Seli_vallavalitsus_Parnumaal, lk 9
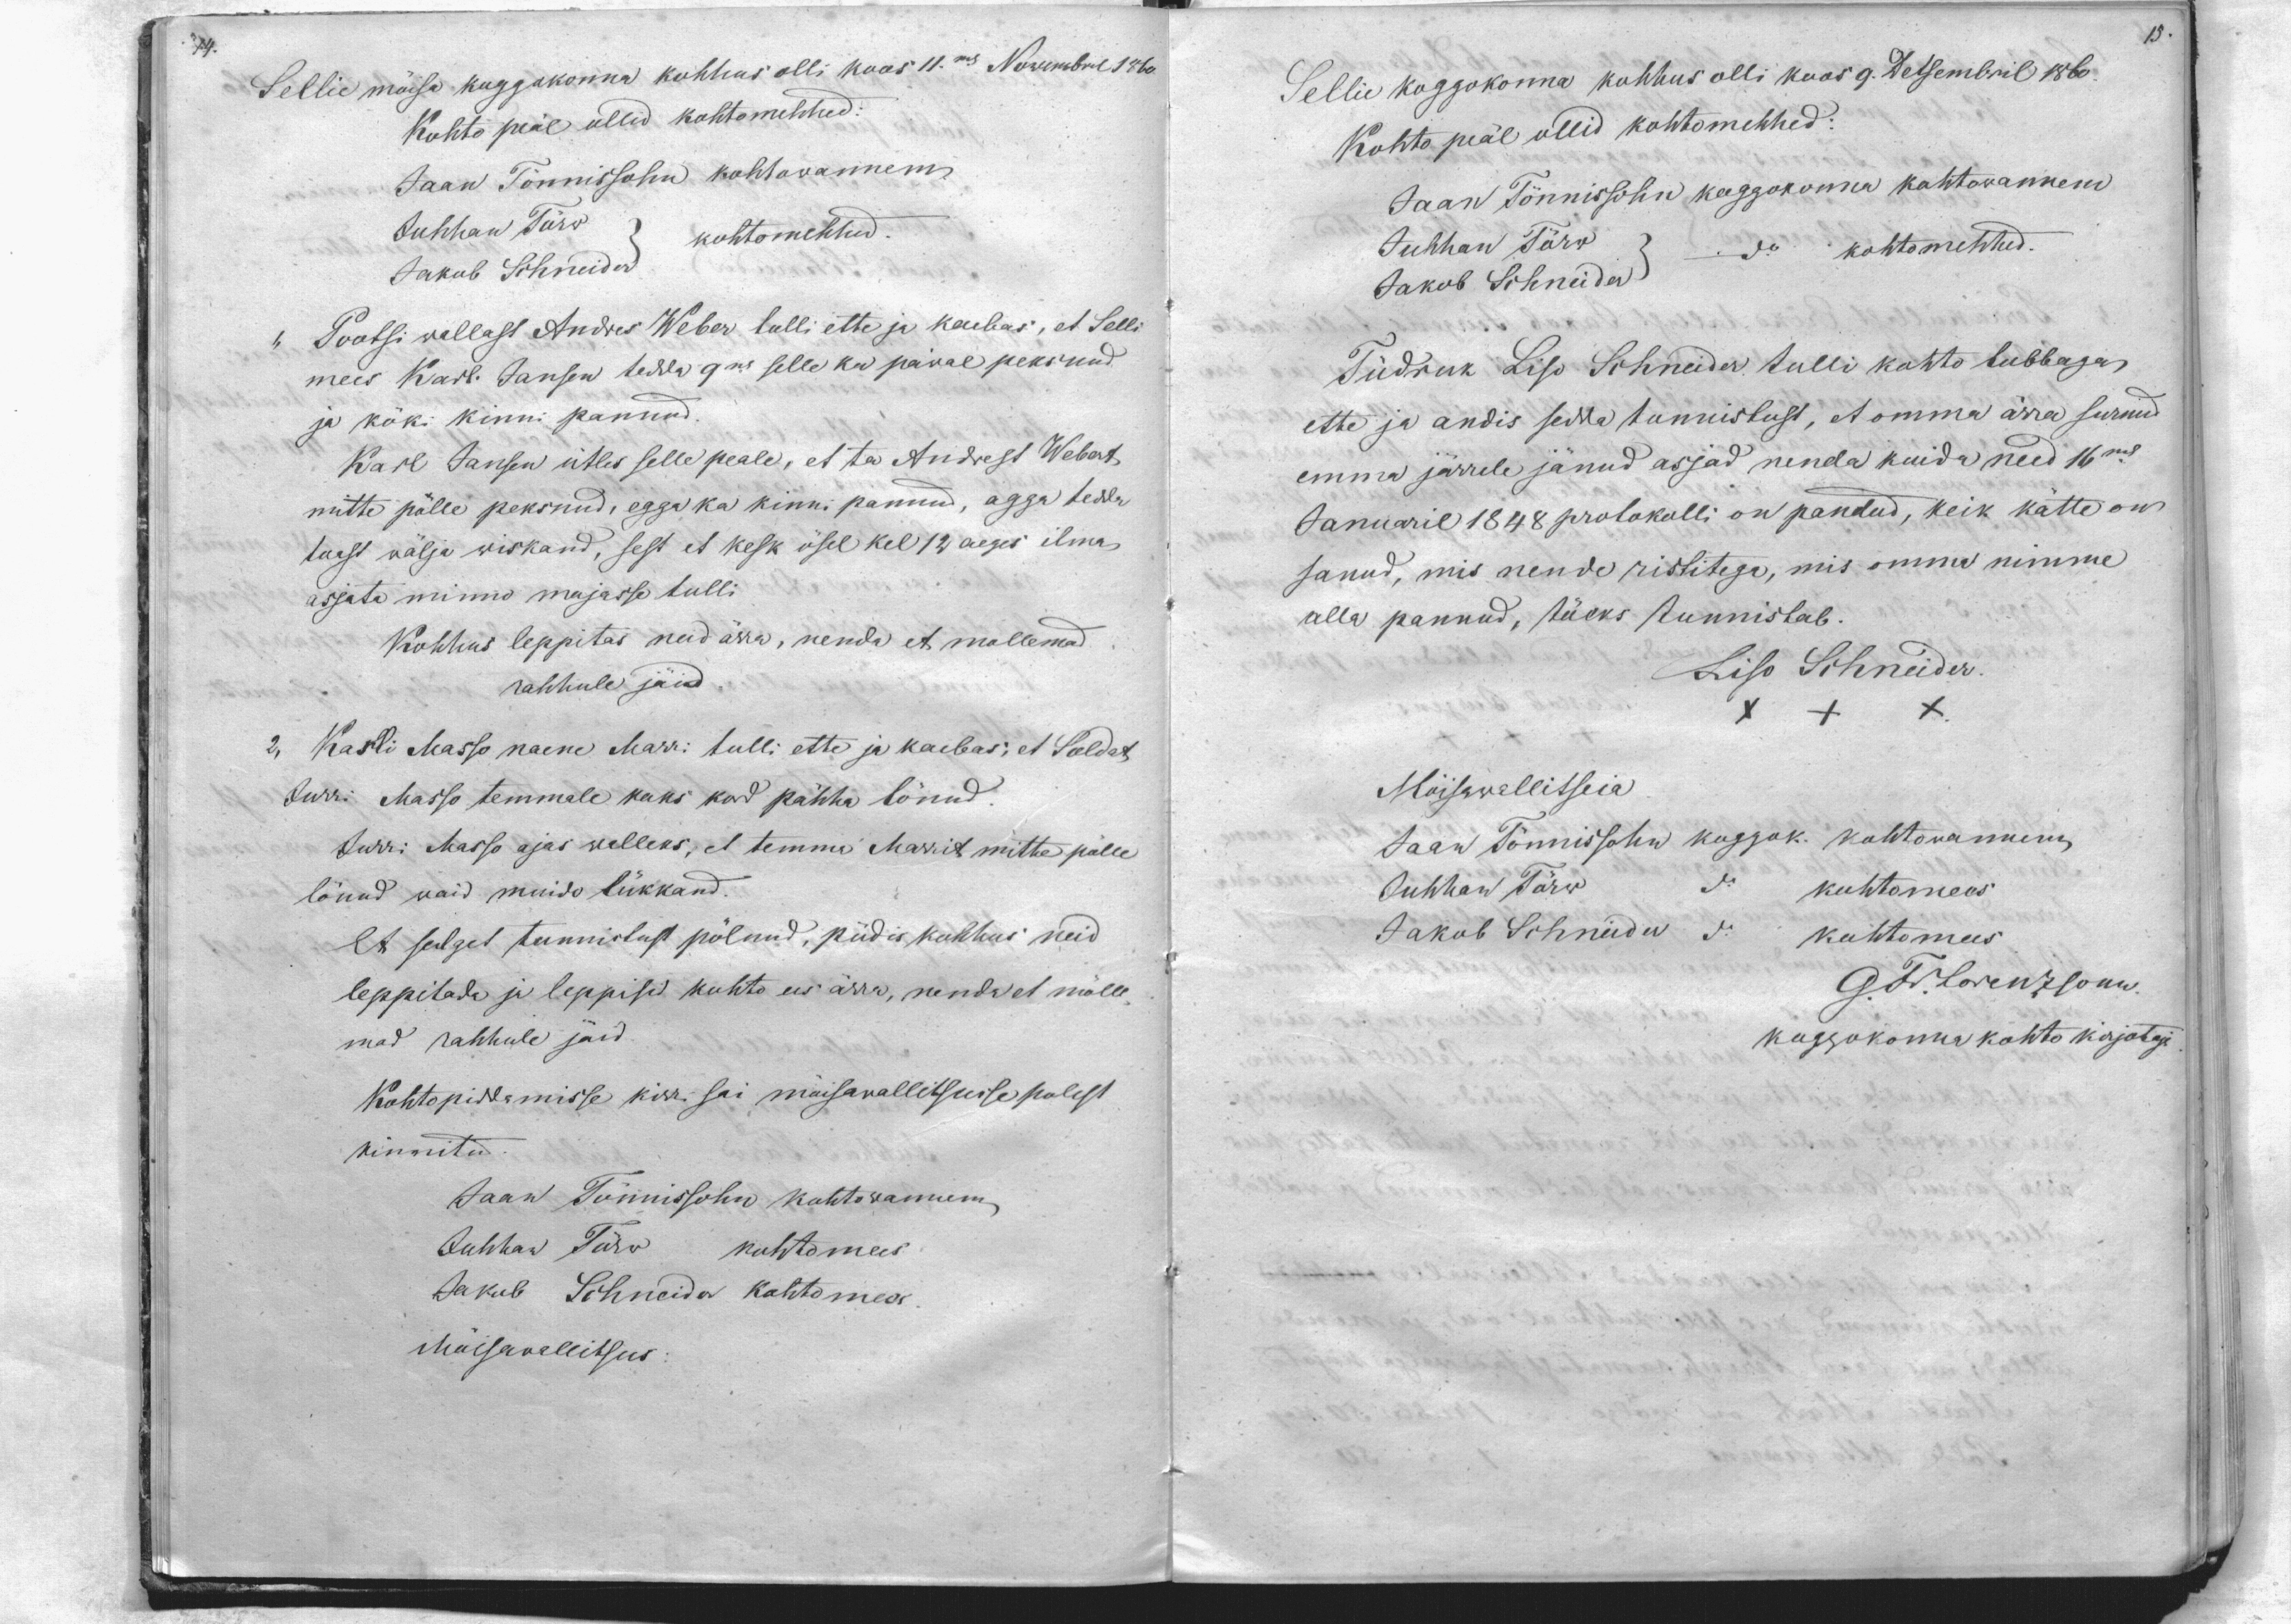
74.

15.

Sellie möisa koggokonna kohhus olli koos 11mal 25. Nowembril 1860
Kohto peäl ollid kohtomehhed
Jaan Tönnissohn kohtowannem
Juhhan Törw
kohtomehhed
Jakob Schneider
1, Pootsi wallast Andres Weber tulli ette ja kaebas, et Selli
mees Karl Janson tedda 9nd  selle ku päwal peksnud
ja köki kinni pannud
Karl Janson ütles selle peale, et ta Andrest Webert
mitte polle peksnud, egga ka kinni pannud, aga tedda
tuast wälja wiskand, sest et kesk ösel kel 12 aeges ilma
asjata minno majasse tulli
Kohhus leppitas neid ärra, nenda et mollemad
rahhule jäid.
2,
Karli Masso naene Marri tulli ette ja kaebas, et Soldat,
Jurri Masso temmale kaks kord pähha lönud.
Jurri Masso ajas walleks, et temma Marrit mitte polle
lönud waid muido lükkand.
et selget tunnistust pölnud, püdis kohhus neid
leppitada ja leppisid kohto ees ärra, nenda et mölle-
mad rahhule jäid
Kohtopiddamisse kirri sai möisawallitsusse polest
kinnitud
Jaan Tönnissohn kohtowannem
Juhhan Törw kohtomees
Jakub Schneider kohtomees
Möisawallitsus

Sellie koggokonna kohhus olli koos 9. Detsembril 1860.
Kohto peäl ollid kohtomehhed:
Jaan Tönnissohn koggokonna kohtowannem
Juhhan Törw
do
kohtomehhed
Jakob Schneider
Tüdruk Liso Schneider tulli kohto lubbaga
ette ja andis sedda tunnistust, et omma ärra surnud
emma järrele jänud asjad nenda kuida need 16mal
Januaril 1848 protokolli on pandud, keik kätte on
sanud, mis nende ristitega, mis omma nimme
alla pannud, töeks tunnistab.
Liso Schneider
XXX
Möisawallitseia
Jaan Tönnisssohn koggok. kohtowannem
Juhhan Törw
kuhtomees
Jakob Schneider
kohtomees
G. Fr. Lorenzsohn
koggokonna kohto kirjotaja